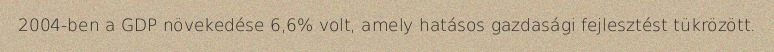
2004-ben a GDP növekedése 6,6% volt, amely hatásos gazdasági fejlesztést tükrözött.